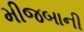
મીજબાની